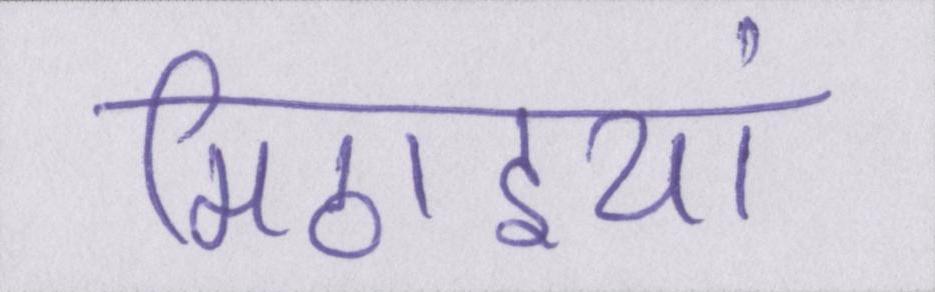
मिठाइयां